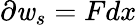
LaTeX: \partial\mathit{w}_{s}=Fdx